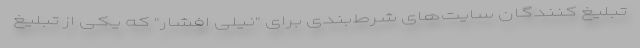
تبلیغ کنندگان سایت‌های شرط‌بندی برای "نیلی افشار" که یکی از تبلیغ